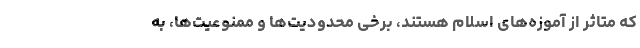
که متاثر از آموزه‌های اسلام هستند، برخی محدودیت‌ها و ممنوعیت‌ها، به